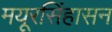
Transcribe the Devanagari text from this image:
मयूरसिंहासन